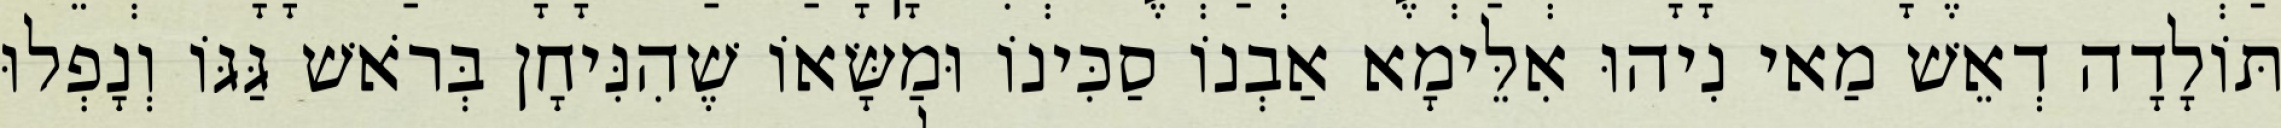
תּוֹלָדָה דְאֵשׁ מַאי נִיהוּ אִלֵּימָא אַבְנוֹ סַכִּינוֹ וּמַשָּׂאוֹ שֶׁהִנִּיחָן בְּרֹאשׁ גַּגּוֹ וְנָפְלוּ